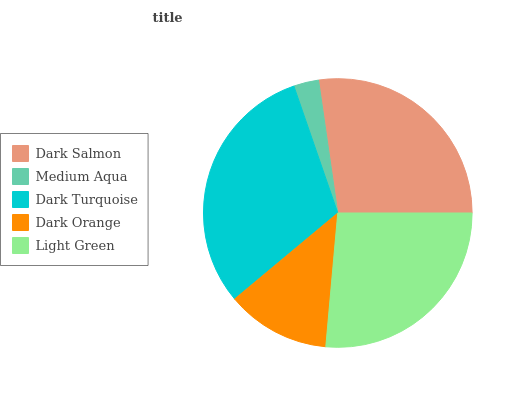
| Dark Salmon | Medium Aqua | Dark Turquoise | Dark Orange | Light Green |
 | --- | --- | --- | --- | --- |
 | 27.3% | 3.01% | 30.8% | 12.5% | 26.5% |